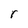
Character: r